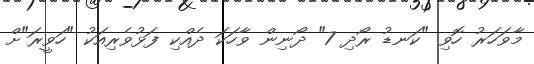
މާވަހަރު ހޮވި "ކަނޑު ރޯދި 7" ދޯނިން ވާހަކަ ދެއްކި ފަޅުވެރިއަކު "ހަވީރަ"ށް